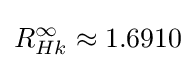
R_{Hk}^{\infty }\approx 1.6910